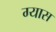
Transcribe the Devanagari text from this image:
ग्यास